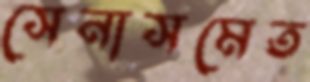
সেনাসমেত